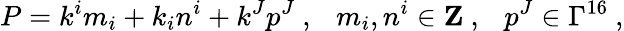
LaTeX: P=k^{i}m_{i}+k_{i}n^{i}+k^{J}p^{J}~,~~~m_{i},n^{i}\in{\mathbf Z}~,~~~p^{J}\in\Gamma^{16}~,